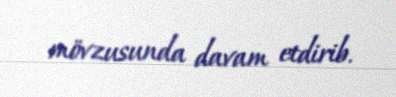
mövzusunda davam etdirib.